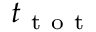
t _ { \mathrm { ~ t ~ o ~ t ~ } }